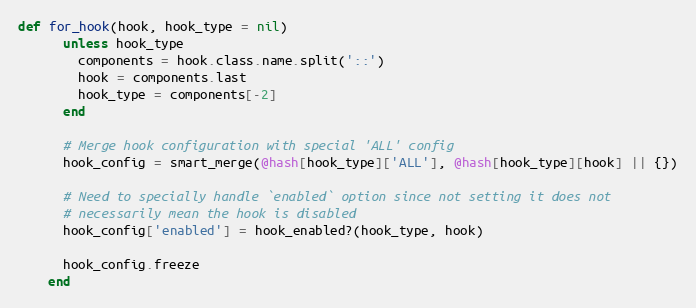
Language: Ruby
def for_hook(hook, hook_type = nil)
      unless hook_type
        components = hook.class.name.split('::')
        hook = components.last
        hook_type = components[-2]
      end

      # Merge hook configuration with special 'ALL' config
      hook_config = smart_merge(@hash[hook_type]['ALL'], @hash[hook_type][hook] || {})

      # Need to specially handle `enabled` option since not setting it does not
      # necessarily mean the hook is disabled
      hook_config['enabled'] = hook_enabled?(hook_type, hook)

      hook_config.freeze
    end